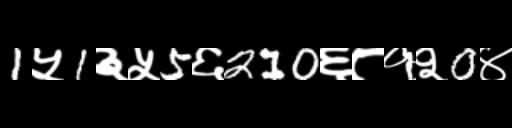
Text: 1५1३५5६210६८१२0४